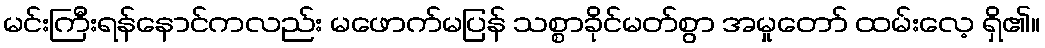
မင်းကြီးရန်နောင်ကလည်း မဖောက်မပြန် သစ္စာခိုင်မတ်စွာ အမှုတော် ထမ်းလေ့ ရှိ၏။